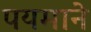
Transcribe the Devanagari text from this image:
पयमाने